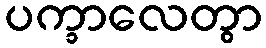
ပက္ခာလေတွာ